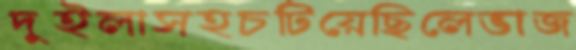
দুইলাসহচটিয়েছিলেভাজ